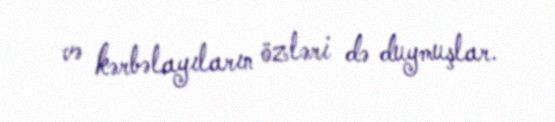
və kərbəlayıların özləri də duymuşlar.